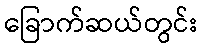
ခြောက်ဆယ်တွင်း